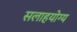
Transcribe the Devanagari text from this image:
सलाहयोग्य